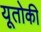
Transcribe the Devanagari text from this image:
यूतोकी